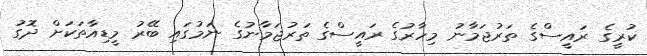
ކުރީގެ ރައީސްގެ ތަރުޖަމާނު މިހާރުގެ ރައީސްގެ ތަރުޖަމާނުގެ ނަމުގައި ބޭރު މީޑިއާތަކަށް ދޮގު